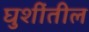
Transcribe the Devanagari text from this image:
घुशींतील